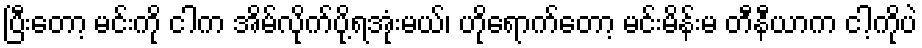
ပြီးတော့ မင်းကို ငါက အိမ်လိုက်ပို့ရအုံးမယ်၊ ဟိုရောက်တော့ မင်းမိန်းမ တီနီယာက ငါ့ကိုပဲ